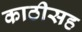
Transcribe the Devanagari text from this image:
काठीसह